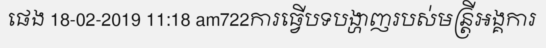
ផេង 18-02-2019 11:18 am722ការធ្វើបទបង្ហាញរបស់មន្ត្រីអង្គការ